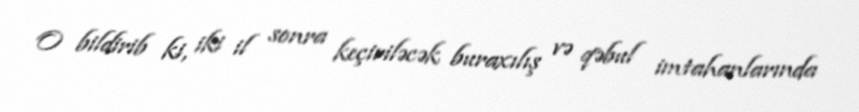
O bildirib ki, iki il sonra keçiriləcək buraxılış və qəbul imtahanlarında